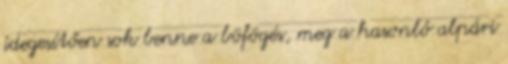
idegesítően sok benne a böfögés, meg a hasonló alpári